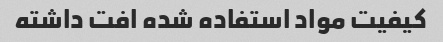
کیفیت مواد استفاده شده افت داشته